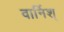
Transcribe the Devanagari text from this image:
वार्निश्